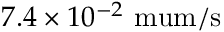
7 . 4 \times 1 0 ^ { - 2 } \mathrm { \ m u m / s }